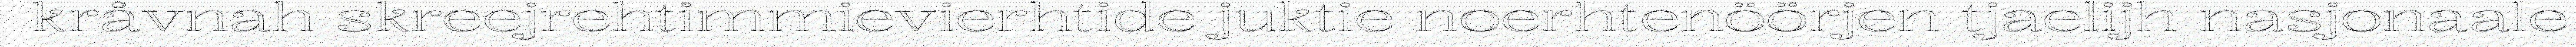
kråvnah skreejrehtimmievierhtide juktie noerhtenöörjen tjaelijh nasjonaale